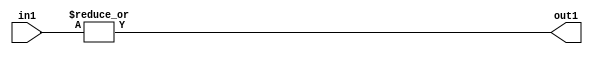
`timescale 1ps / 1ps
/*****************************************************************************
    Verilog RTL Description
    
    
    Created by: Stratus DpOpt 2019.1.01 
*******************************************************************************/

module pw_feature_addr_gen_OrReduction_8U_1U_1 (
	in1,
	out1
	); /* architecture "behavioural" */ 
input [7:0] in1;
output  out1;
wire  asc001;

assign asc001 = 
	(|in1);

assign out1 = asc001;
endmodule

/* CADENCE  urb4Qgs= : u9/ySgnWtBlWxVPRXgAZ4Og= ** DO NOT EDIT THIS LINE ******/